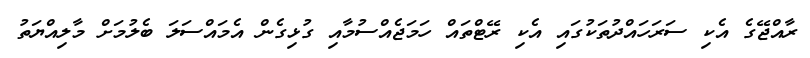
ރާއްޖޭގެ އެކި ސަރަހައްދުތަކުގައި އެކި ރޭޓްތައް ހަމަޖެއްސުމާއި ގުޅިގެން އެމައްސަލަ ބެލުމަށް މާލިއްޔަތު